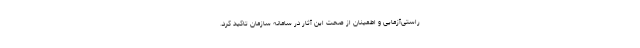
راستی‌آزمایی و اطمینان از صحت این آثار در سامانه سازمان تاکید کرد.